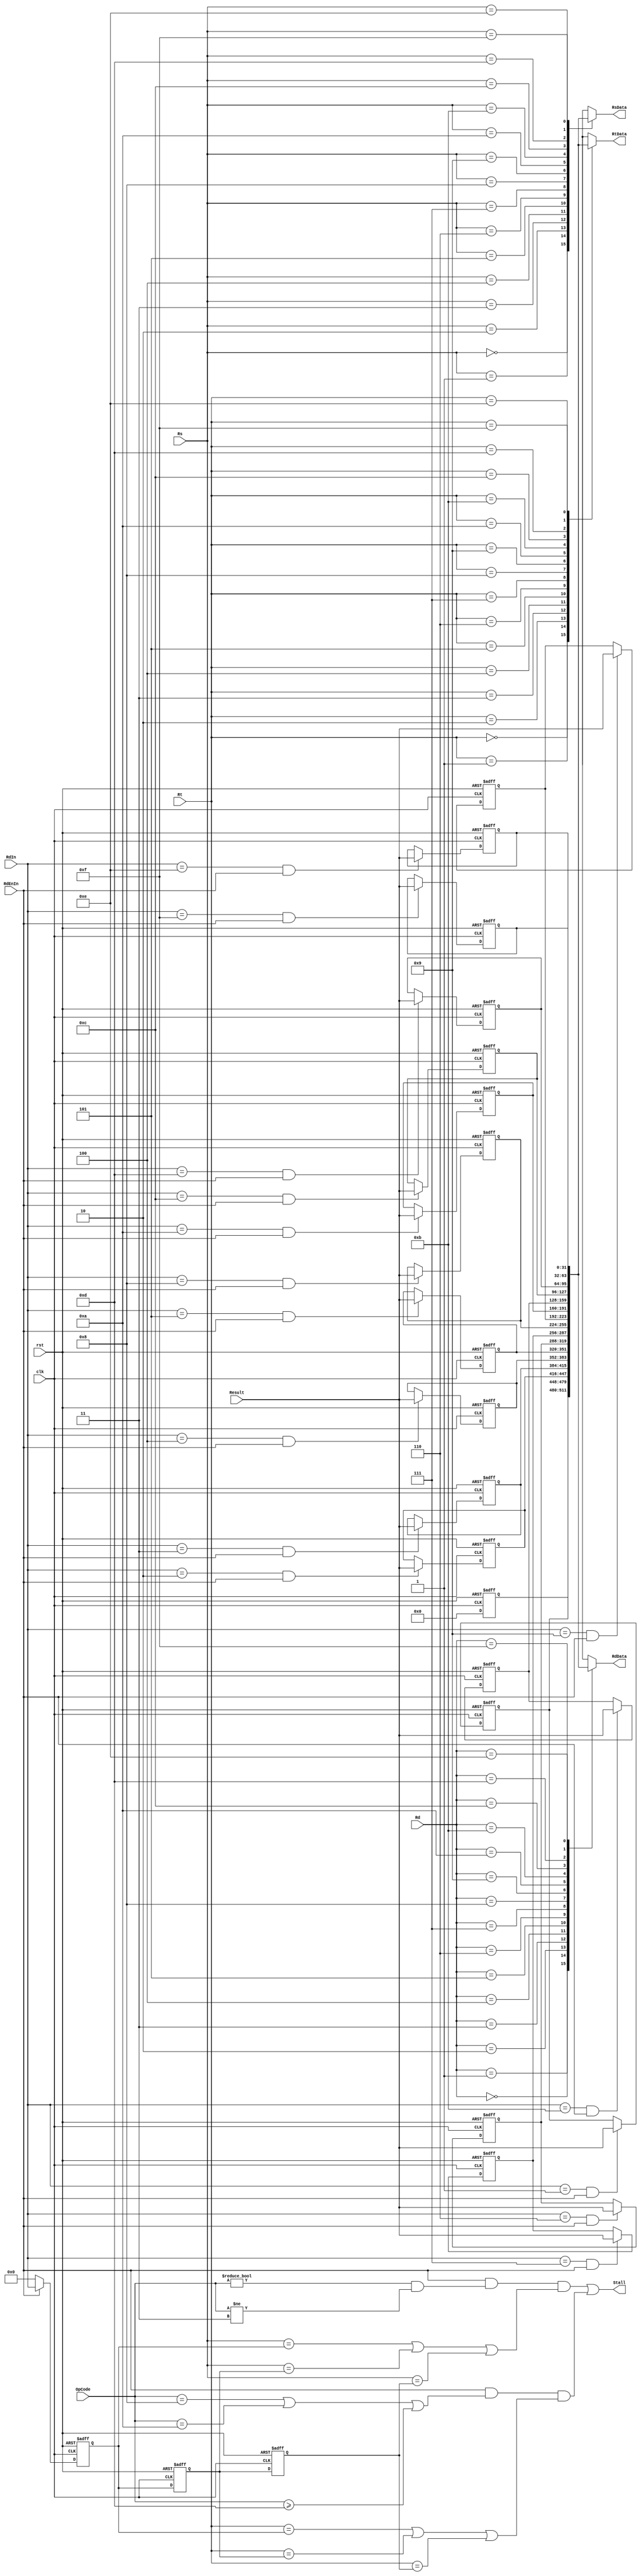
`timescale 1ns/1ps
module Register(clk, rst, Result, RdIn, RdEnIn, Rd, Rs, Rt, RdData, RsData, RtData, Stall, OpCode);

input clk, rst;
input [31:0] Result;
input [3:0] OpCode;
input [3:0] RdIn, Rd, Rs, Rt;
input RdEnIn;

output reg [31:0] RdData, RsData, RtData;
output Stall;

reg [31:0] RsTemp, RtTemp, RdTemp;
reg [3:0] RTemp1, RTemp2, RTemp3;
reg [31:0] R0, R1, R2, R3, R4, R5, R6, R7, R8, R9;
reg [31:0] R10, R11, R12, R13, R14, R15;

wire StallRs, StallRt, OpRt, OpRs;

//RdData
always @(*) 
	case (Rd)
   4'b0000 : RdData = R0;
   4'b0001 : RdData = R1;
	4'b0010 : RdData = R2;
	4'b0011 : RdData = R3;
	4'b0100 : RdData = R4;
   4'b0101 : RdData = R5;
	4'b0110 : RdData = R6;
	4'b0111 : RdData = R7;
	4'b1000 : RdData = R8;
   4'b1001 : RdData = R9;
	4'b1010 : RdData = R10;
	4'b1011 : RdData = R11;
	4'b1100 : RdData = R12;
   4'b1101 : RdData = R13;
	4'b1110 : RdData = R14;
	4'b1111 : RdData = R15;
   default : RdData = 32'h00000000;
   endcase
	
//RsData
always @(*) 
	case (Rs)
   4'b0000 : RsData = R0;
   4'b0001 : RsData = R1;
	4'b0010 : RsData = R2;
	4'b0011 : RsData = R3;
	4'b0100 : RsData = R4;
   4'b0101 : RsData = R5;
	4'b0110 : RsData = R6;
	4'b0111 : RsData = R7;
	4'b1000 : RsData = R8;
   4'b1001 : RsData = R9;
	4'b1010 : RsData = R10;
	4'b1011 : RsData = R11;
	4'b1100 : RsData = R12;
   4'b1101 : RsData = R13;
	4'b1110 : RsData = R14;
	4'b1111 : RsData = R15;
   default : RsData = 32'h00000000;
   endcase

//RtData
always @(*) 
	case (Rt)
   4'b0000 : RtData = R0;
   4'b0001 : RtData = R1;
	4'b0010 : RtData = R2;
	4'b0011 : RtData = R3;
	4'b0100 : RtData = R4;
   4'b0101 : RtData = R5;
	4'b0110 : RtData = R6;
	4'b0111 : RtData = R7;
	4'b1000 : RtData = R8;
   4'b1001 : RtData = R9;
	4'b1010 : RtData = R10;
	4'b1011 : RtData = R11;
	4'b1100 : RtData = R12;
   4'b1101 : RtData = R13;
	4'b1110 : RtData = R14;
	4'b1111 : RtData = R15;
   default : RtData = 32'h00000000;
   endcase


//RTemps record previous destination registers to check for stalls
//RTemp1
always @(posedge clk, posedge rst) begin
	if (rst)
		RTemp1 <= 4'b0000;
	else if (RdEnIn)
		RTemp1 <= RdIn;
	else
		RTemp1 <= 4'b0000;
end
	
//RTemp2
always @(posedge clk, posedge rst) begin
	if (rst)
		RTemp2 <= 4'b0000;
	else
		RTemp2 <= RTemp1;
end
	

//RTemp3
always @(posedge clk, posedge rst) begin
	if (rst)
		RTemp3 <= 4'b0000;
	else
		RTemp3 <= RTemp2;
end	
	

//STALL
assign OpRt = ((OpCode == 4'b1000) || (OpCode == 4'b1010) || (OpCode >= 4'b1101));
assign StallRt = ((RdEnIn && OpRt) &&	((Rt==RTemp1)||(Rt==RTemp2)||(Rt==RTemp3)));

assign OpRs = ((OpCode != 4'b0000) && (OpCode != 4'b0011));
assign StallRs = ((RdEnIn && OpRs) &&	((Rs==RTemp1)||(Rs==RTemp2)||(Rs==RTemp3)));

assign Stall = StallRs || StallRt;


//R0 - Always '0'
always @(posedge clk, posedge rst) begin
	if (rst)
		R0 <= 32'h00000000;
	else
		R0 <= 32'h00000000;	
	end

//R1
always @(posedge clk, posedge rst) begin
	if (rst)
		R1 <= 32'h00000000;
	else if ((RdIn == 4'b0001)&&(RdEnIn))
		R1 <= Result;
	else
		R1 <= R1;
	end

//R2
always @(posedge clk, posedge rst) begin
	if (rst)
		R2 <= 32'h00000000;
	else if ((RdIn == 4'b0010)&&(RdEnIn))
		R2 <= Result;	
	else
		R2 <= R2;
	end

//R3
always @(posedge clk, posedge rst) begin
	if (rst)
		R3 <= 32'h00000000;
	else if ((RdIn == 4'b0011)&&(RdEnIn))
		R3 <= Result;	
	else
		R3 <= R3;
	end

//R4
always @(posedge clk, posedge rst) begin
	if (rst)
		R4 <= 32'h00000000;
	else if ((RdIn == 4'b0100)&&(RdEnIn))
		R4 <= Result;	
	else
		R4 <= R4;
	end

//R5
always @(posedge clk, posedge rst) begin
	if (rst)
		R5 <= 32'h00000000;
	else if ((RdIn == 4'b0101)&&(RdEnIn))
		R5 <= Result;	
	else
		R5 <= R5;
	end

//R6
always @(posedge clk, posedge rst) begin
	if (rst)
		R6 <= 32'h00000000;
	else if ((RdIn == 4'b0110)&&(RdEnIn))
		R6 <= Result;	
	else
		R6 <= R6;
	end

//R7
always @(posedge clk, posedge rst) begin
	if (rst)
		R7 <= 32'h00000000;
	else if ((RdIn == 4'b0111)&&(RdEnIn))
		R7 <= Result;	
	else
		R7 <= R7;
	end

//R8
always @(posedge clk, posedge rst) begin
	if (rst)
		R8 <= 32'h00000000;
	else if ((RdIn == 4'b1000)&&(RdEnIn))
		R8 <= Result;	
	else
		R8 <= R8;
	end

//R9
always @(posedge clk, posedge rst) begin
	if (rst)
		R9 <= 32'h00000000;
	else if ((RdIn == 4'b1001)&&(RdEnIn))
		R9 <= Result;	
	else
		R9 <= R9;
	end

//R10
always @(posedge clk, posedge rst) begin
	if (rst)
		R10 <= 32'h00000000;
	else if ((RdIn == 4'b1010)&&(RdEnIn))
		R10 <= Result;	
	else
		R10 <= R10;
	end

//R11
always @(posedge clk, posedge rst) begin
	if (rst)
		R11 <= 32'h00000000;
	else if ((RdIn == 4'b1011)&&(RdEnIn))
		R11 <= Result;	
	else
		R11 <= R11;
	end

//R12
always @(posedge clk, posedge rst) begin
	if (rst)
		R12 <= 32'h00000000;
	else if ((RdIn == 4'b1100)&&(RdEnIn))
		R12 <= Result;	
	else
		R12 <= R12;
	end

//R13
always @(posedge clk, posedge rst) begin
	if (rst)
		R13 <= 32'h00000000;
	else if ((RdIn == 4'b1101)&&(RdEnIn))
		R13 <= Result;	
	else
		R13 <= R13;
	end

//R14
always @(posedge clk, posedge rst) begin
	if (rst)
		R14 <= 32'h00000000;
	else if ((RdIn == 4'b1110)&&(RdEnIn))
		R14 <= Result;	
	else
		R14 <= R14;
	end

//R15
always @(posedge clk, posedge rst) begin
	if (rst)
		R15 <= 32'h00000000;
	else if ((RdIn == 4'b1111)&&(RdEnIn))
		R15 <= Result;	
	else
		R15 <= R15;
	end						
						
endmodule